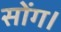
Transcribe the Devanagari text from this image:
सोंग।